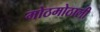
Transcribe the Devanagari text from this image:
मोठमोठाली